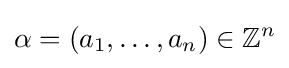
\alpha =(a_{1},\ldots ,a_{n})\in \mathbb {Z} ^{n}